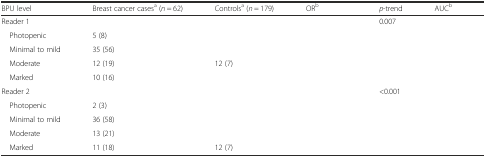
<table><thead><tr><td><b>BPU level</b></td><td><b>Breast cancer cases<sup>a</sup> (<i>n</i> = 62)</b></td><td><b>Controls<sup>a</sup> (<i>n</i> = 179)</b></td><td><b>OR<sup>b</sup></b></td><td><b><i>p</i>-trend</b></td><td><b>AUC<sup>b</sup></b></td></tr></thead><tbody><tr><td>Reader 1</td><td>[EMPTY_CELL]</td><td>[EMPTY_CELL]</td><td>[EMPTY_CELL]</td><td>0.007</td><td>[EMPTY_CELL]</td></tr><tr><td> Photopenic</td><td>5 (8)</td><td>[EMPTY_CELL]</td><td>[EMPTY_CELL]</td><td>[EMPTY_CELL]</td><td>[EMPTY_CELL]</td></tr><tr><td> Minimal to mild</td><td>35 (56)</td><td>[EMPTY_CELL]</td><td>[EMPTY_CELL]</td><td>[EMPTY_CELL]</td><td>[EMPTY_CELL]</td></tr><tr><td> Moderate</td><td>12 (19)</td><td>12 (7)</td><td>[EMPTY_CELL]</td><td>[EMPTY_CELL]</td><td>[EMPTY_CELL]</td></tr><tr><td> Marked</td><td>10 (16)</td><td>[EMPTY_CELL]</td><td>[EMPTY_CELL]</td><td>[EMPTY_CELL]</td><td>[EMPTY_CELL]</td></tr><tr><td>Reader 2</td><td>[EMPTY_CELL]</td><td>[EMPTY_CELL]</td><td>[EMPTY_CELL]</td><td>&lt;0.001</td><td>[EMPTY_CELL]</td></tr><tr><td> Photopenic</td><td>2 (3)</td><td>[EMPTY_CELL]</td><td>[EMPTY_CELL]</td><td>[EMPTY_CELL]</td><td>[EMPTY_CELL]</td></tr><tr><td> Minimal to mild</td><td>36 (58)</td><td>[EMPTY_CELL]</td><td>[EMPTY_CELL]</td><td>[EMPTY_CELL]</td><td>[EMPTY_CELL]</td></tr><tr><td> Moderate</td><td>13 (21)</td><td>[EMPTY_CELL]</td><td>[EMPTY_CELL]</td><td>[EMPTY_CELL]</td><td>[EMPTY_CELL]</td></tr><tr><td> Marked</td><td>11 (18)</td><td>12 (7)</td><td>[EMPTY_CELL]</td><td>[EMPTY_CELL]</td><td>[EMPTY_CELL]</td></tr></tbody></table>